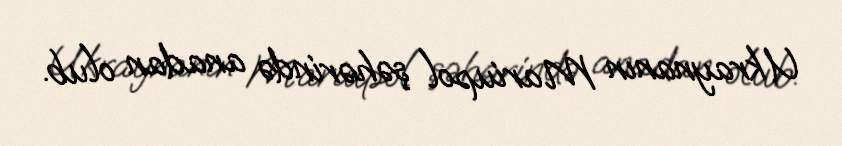
Ukraynanın Mariupol şəhərində anadan olub.